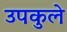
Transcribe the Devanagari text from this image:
उपकुले